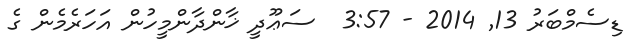
ޑިސެމްބަރު 13